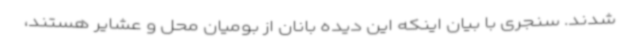
شدند. سنجری با بیان اینکه این دیده بانان از بومیان محل و عشایر هستند،